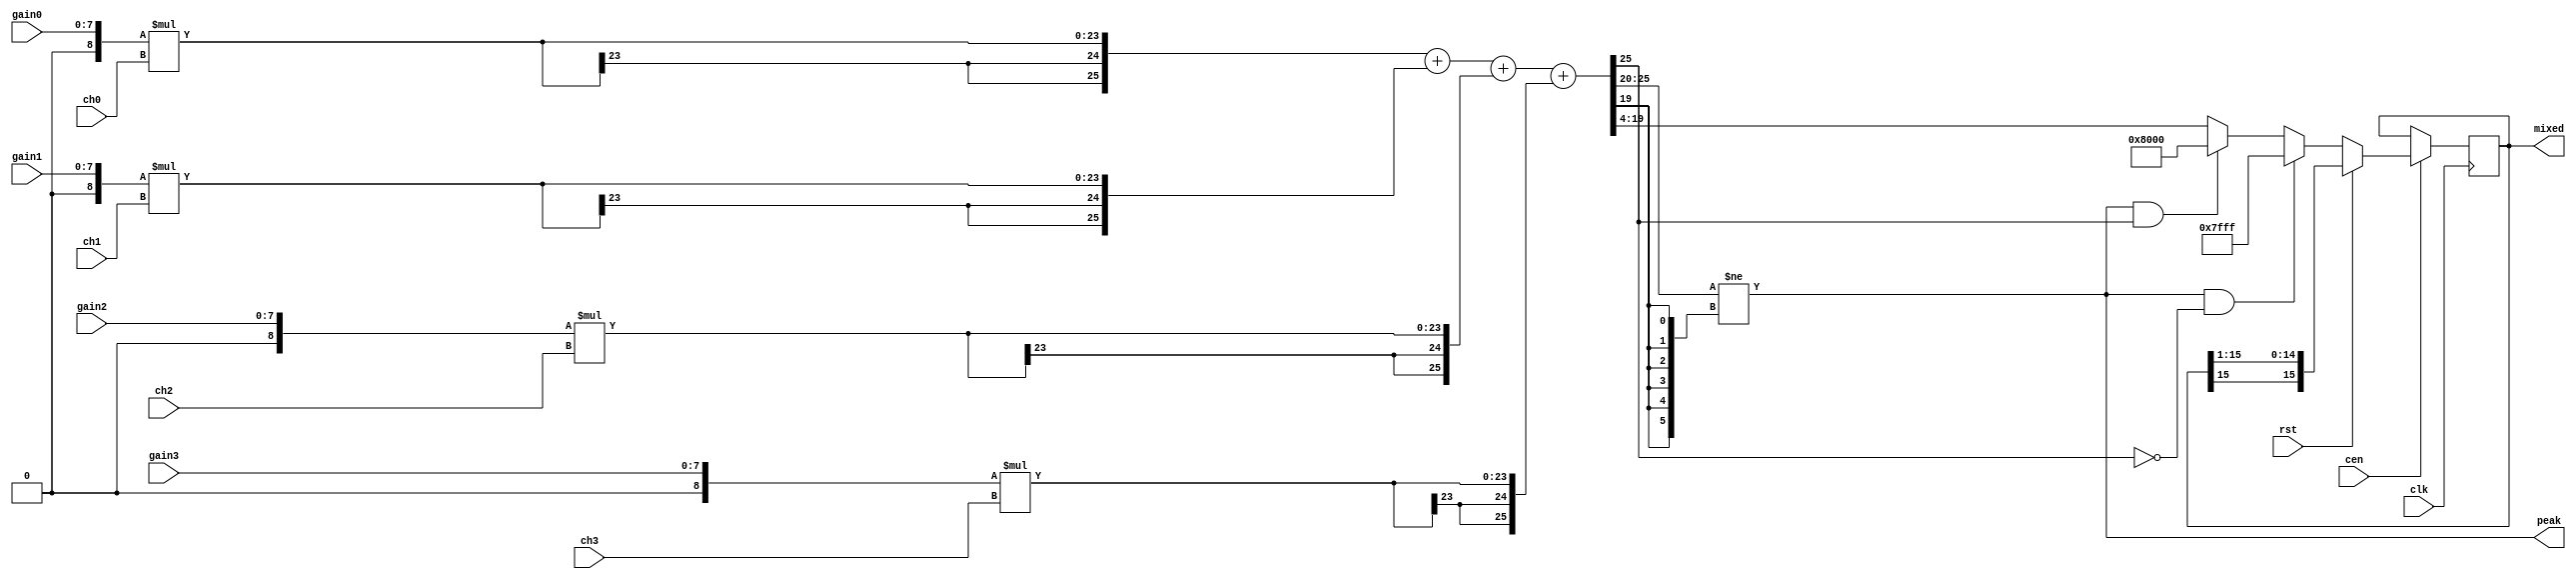
/* This file is part of JTFRAME.


    JTFRAME program is free software: you can redistribute it and/or modify
    it under the terms of the GNU General Public License as published by
    the Free Software Foundation, either version 3 of the License, or
    (at your option) any later version.

    JTFRAME program is distributed in the hope that it will be useful,
    but WITHOUT ANY WARRANTY; without even the implied warranty of
    MERCHANTABILITY or FITNESS FOR A PARTICULAR PURPOSE.  See the
    GNU General Public License for more details.

    You should have received a copy of the GNU General Public License
    along with JTFRAME.  If not, see <http://www.gnu.org/licenses/>.

    Author: Jose Tejada Gomez. Twitter: @topapate
    Version: 1.0
    Date: 20-12-2019

*/

// Generic mixer: improves on the jt12_mixer in JT12 repository

// Usage:
// Specify width of input signals and desired outputs
// Select gain for each signal

module jtframe_mixer #(parameter W0=16,W1=16,W2=16,W3=16,WOUT=16)(
    input                    rst,
    input                    clk,
    input                    cen,
    // input signals
    input  signed [W0-1:0]   ch0,
    input  signed [W1-1:0]   ch1,
    input  signed [W2-1:0]   ch2,
    input  signed [W3-1:0]   ch3,
    // gain for each channel in 4.4 fixed point format
    input  [7:0]             gain0,
    input  [7:0]             gain1,
    input  [7:0]             gain2,
    input  [7:0]             gain3,
    output signed [WOUT-1:0] mixed,
    output                   peak   // overflow signal (time enlarged)
);

localparam WM = 16,
           WD =  4,    // decimal part
           WA = WM+8,  // width for the amplification
           WS = WA+2,  // width for the sum
           WI = WS-WD; // width of the integer part of the sum
localparam signed [WM+3:0] MAXPOS = {  5'b0, {WM-1{1'b1}}};
localparam signed [WM+3:0] MAXNEG = { ~5'b0, {WM-1{1'b0}}};


`ifdef SIMULATION
initial begin
    if( WOUT<W0 || WOUT<W1 || WOUT<W2 || WOUT<W3 ) begin
        $display("ERROR: %m parameter WOUT must be larger or equal than any other w parameter");
        $finish;
    end
    if( W0>WM || W1 > WM || W2>WM || W3>WM || WOUT>WM ) begin
        $display("ERROR: %m parameters cannot be larger than %d bits",WM);
        $finish;
    end
end
`endif

wire signed [WA-1:0] ch0_pre, ch1_pre, ch2_pre, ch3_pre;
reg  signed [WS-1:0] pre_sum; // 4 extra bits for overflow guard
reg  signed [WM-1:0] sum;
reg  signed [WI-1:0] pre_int; // no fractional part
wire                 ov_pos, ov_neg;

// rescale to WM
wire signed [WM-1:0] scaled0 = { ch0, {WM-W0{1'b0}} };
wire signed [WM-1:0] scaled1 = { ch1, {WM-W1{1'b0}} };
wire signed [WM-1:0] scaled2 = { ch2, {WM-W2{1'b0}} };
wire signed [WM-1:0] scaled3 = { ch3, {WM-W3{1'b0}} };


wire signed [8:0]
    g0 = {1'b0, gain0},
    g1 = {1'b0, gain1},
    g2 = {1'b0, gain2},
    g3 = {1'b0, gain3};

assign ch0_pre = g0 * scaled0;
assign ch1_pre = g1 * scaled1;
assign ch2_pre = g2 * scaled2;
assign ch3_pre = g3 * scaled3;
assign mixed   = sum[WM-1:WM-WOUT];

assign peak    = pre_int[WI-1:WM] != {WI-WM{pre_int[WM-1]}};
assign ov_pos  = peak && !pre_int[WI-1];
assign ov_neg  = peak &&  pre_int[WI-1];

function [WS-1:0] ext;
    input [WA-1:0] a;
    ext = { {WS-WA{a[WA-1]}}, a };
endfunction

always @(*) begin
    pre_sum = ext(ch0_pre) + ext(ch1_pre) + ext(ch2_pre) + ext(ch3_pre);
    pre_int = pre_sum[WS-1:WD];
end

// Apply gain
always @(posedge clk) if(cen) begin
    if( rst ) begin // synchronous
        sum <= sum>>>1;
    end else begin
        sum <= ov_pos ? MAXPOS[WM-1:0] : (
               ov_neg ? MAXNEG[WM-1:0] : pre_int[WM-1:0] );
    end
end

endmodule // jtframe_mixer

module jtframe_limamp #(parameter WIN=16,WOUT=16)(
    input                    rst,
    input                    clk,
    input                    cen,
    // input signals
    input signed [WIN-1:0]   sndin,
    // gain for each channel in 4.4 fixed point format
    input  [7:0]             gain,
    output signed [WOUT-1:0] sndout,
    output                   peak
);

jtframe_mixer #(.W0(WIN),.WOUT(WOUT)) u_amp(
    .rst    ( rst       ),
    .clk    ( clk       ),
    .cen    ( cen       ),
    .ch0    ( sndin     ),
    .ch1    ( 16'd0     ),
    .ch2    ( 16'd0     ),
    .ch3    ( 16'd0     ),
    .gain0  ( gain      ),
    .gain1  ( 8'h0      ),
    .gain2  ( 8'h0      ),
    .gain3  ( 8'h0      ),
    .mixed  ( sndout    ),
    .peak   ( peak      )
);

endmodule